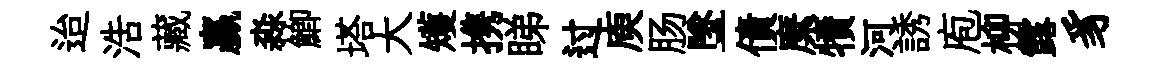
迨浩藏贏淼鯽塔大矱携睇过庾肠墜債縻犢河誘庖柳露豸